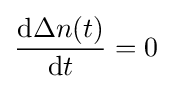
{\frac {\mathrm {d} \Delta n(t)}{\mathrm {d} t}}=0